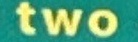
two